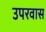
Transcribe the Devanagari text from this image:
उपरवास